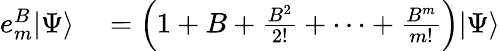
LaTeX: \begin{array}{rl}{e_{m}^{B}|\Psi\rangle}&{{}=\left(1+B+\frac{B^{2}}{2!}+\cdots+\frac{B^{m}}{m!}\right)|\Psi\rangle}\end{array}